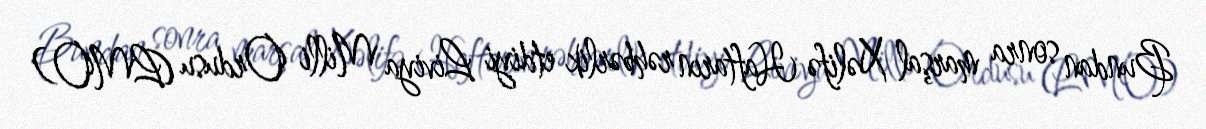
Bundan sonra marşal Xəlifə Haftarın rəhbərlik etdiyi Liviya Milli Ordusu (LMO)